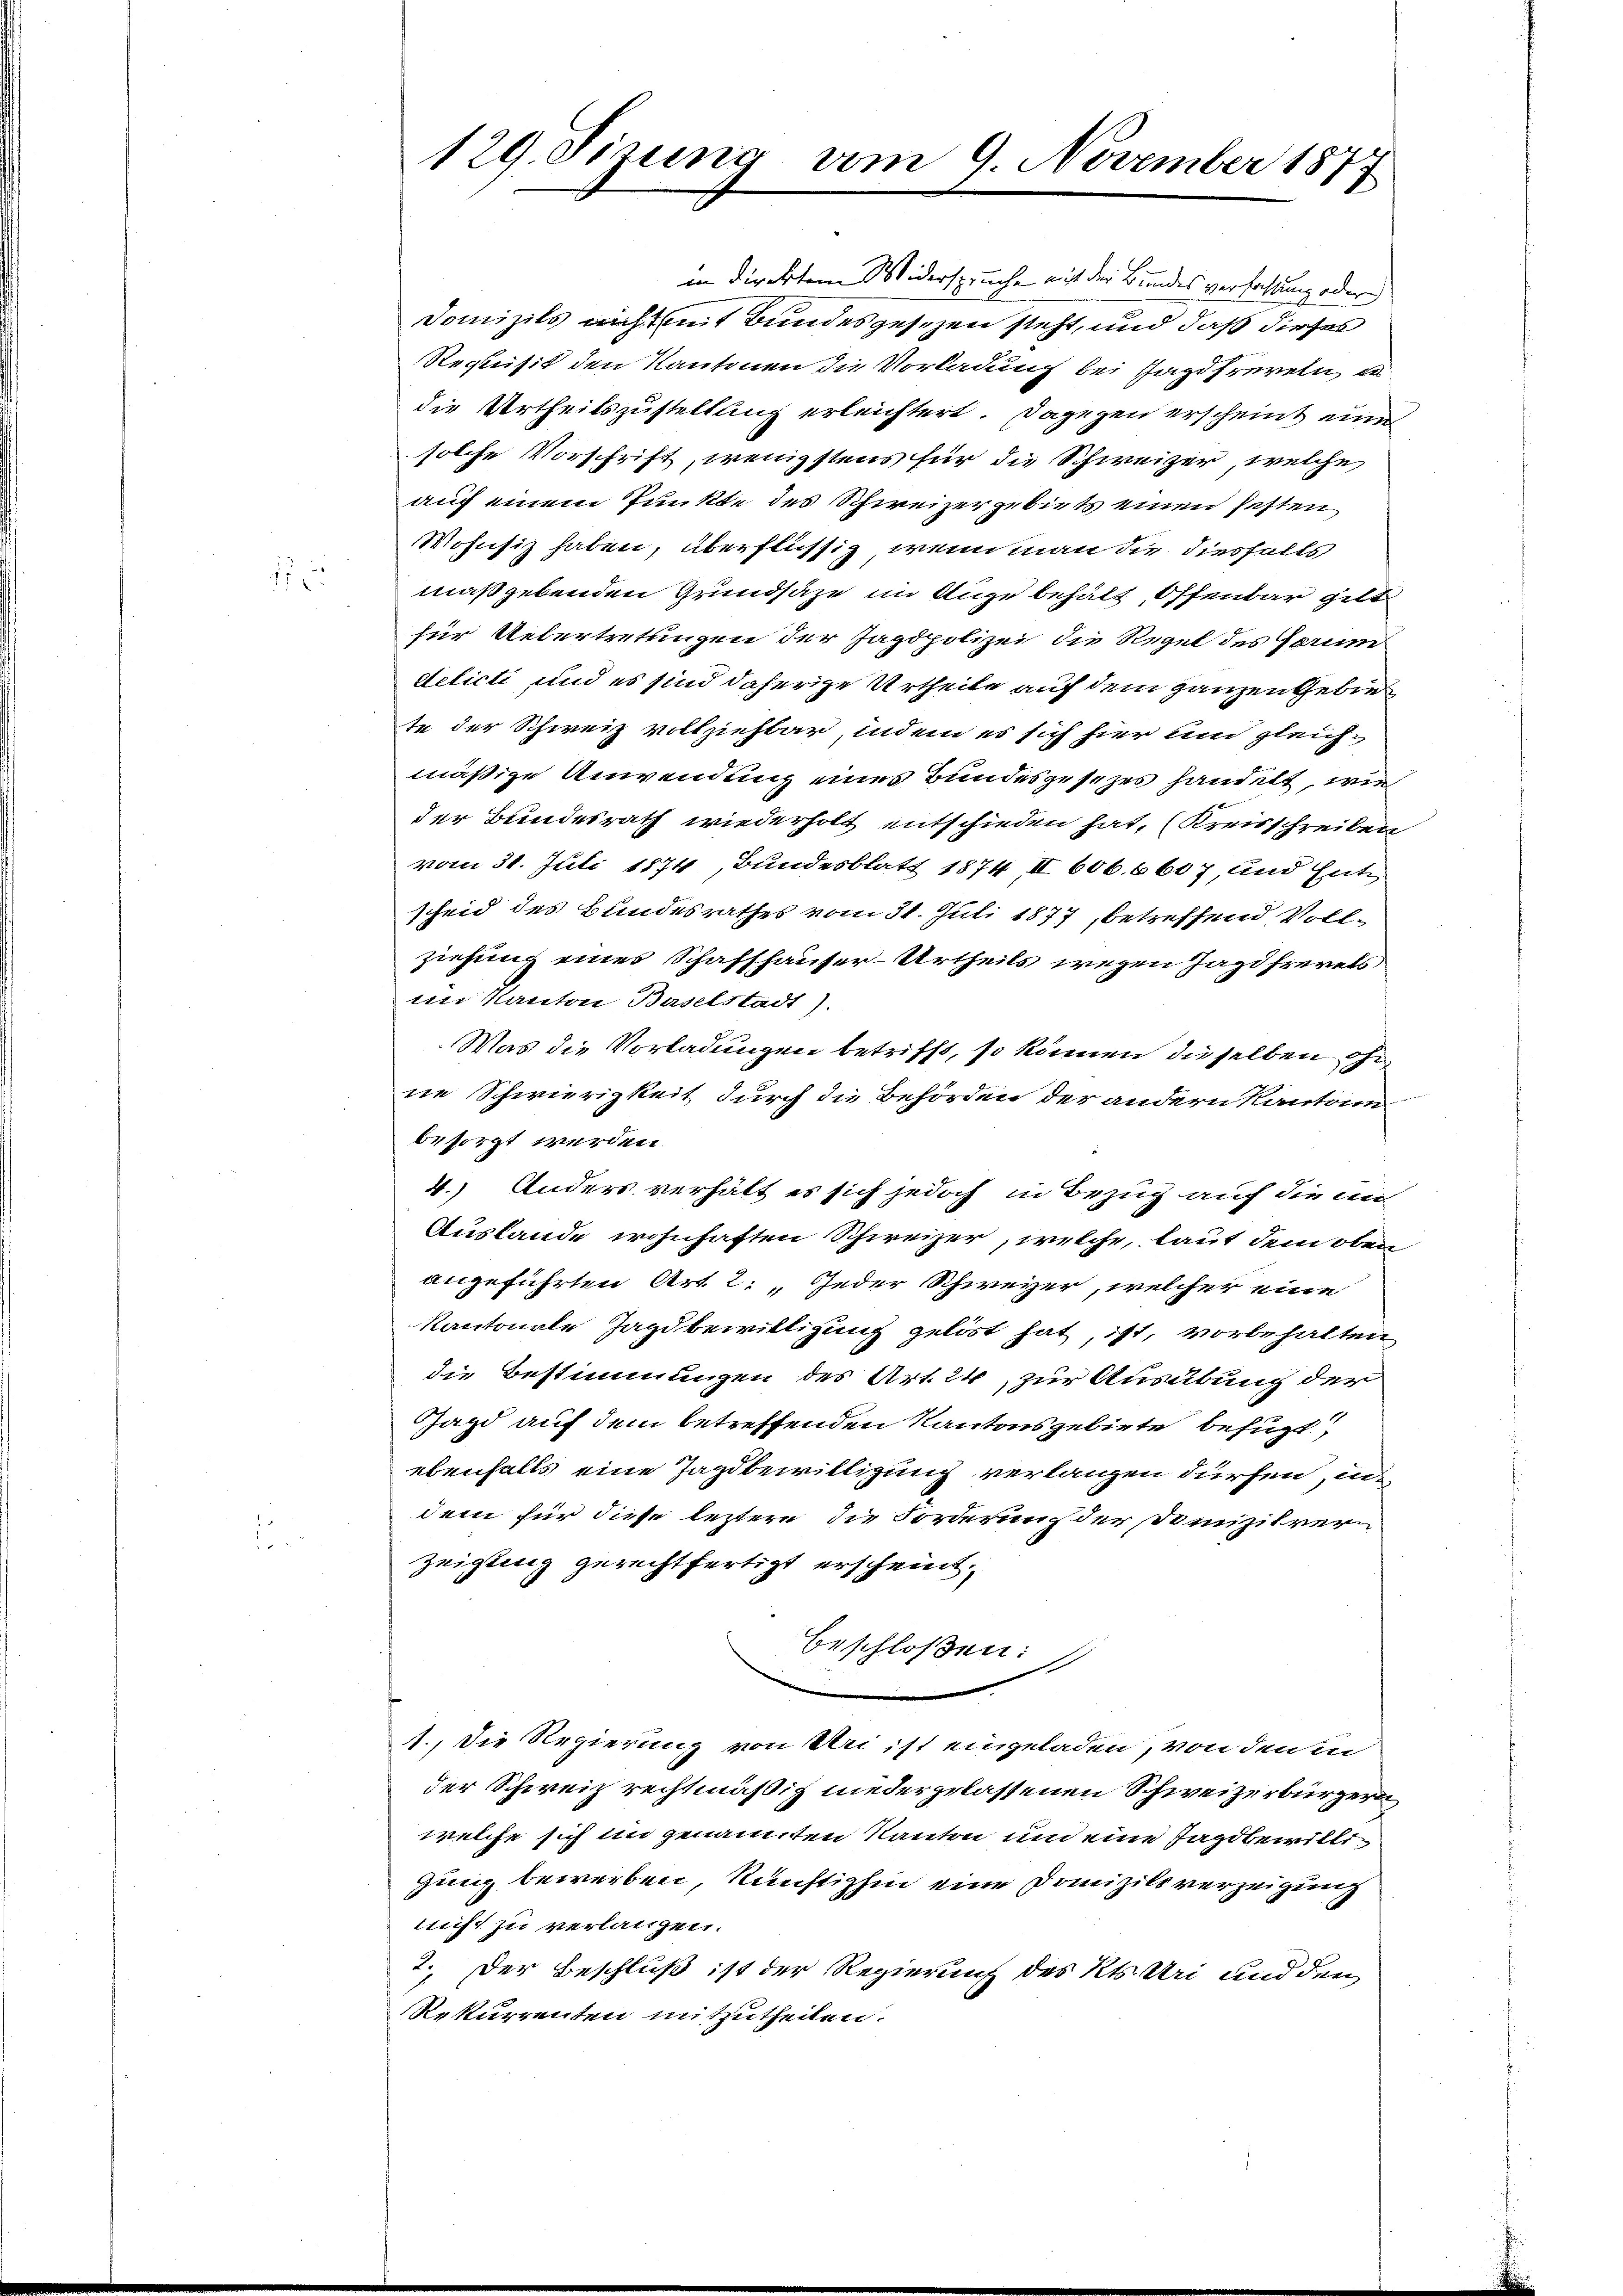
1

129. Sizung vom 9. November 1877

in direktem Widerspruche nicht der Bundesverfassung oder
Domizils nicht mit Bundesgesezen steht, und daß dieses
Requisit den Kantonen die Vorladung bei Jagdfreveln er
die Urtheilszustellung erleichtert. Dagegen erscheint eine
solche Vorschrift, wenigstens für die Schweizer, welche
auf einem Punkte des Schweizergebiets einen festen
Wohnsiz haben, überflüssig, wenn man die diesfalls
maßgebenden Grundsaze im Auge behält, Offenbar gilt
für Uebertretungen der Jagdpolizei die Regel des Forum
delicti, und es sind daherige Urtheile auf dem ganzen Gebie
te der Schweiz vollziehbar, indem es sich hier um gleichmäßige Anwendung eines Bundesgesezes handelt, wie
der Bundesrath wiederholt entschieden hat, (Kreisschreiben
vom 31. Juli 1874, Bundesblatt 1874, II 606. 6607, und Entscheid des Bundesrathes vom 31. Juli 1877, betreffend Vollziehung eines Schaffhauser-Urtheils wegen Jagisteres
im Kanton Baselstadt).
Was die Vorladungen betrifft, so können dieselben ohn
ne Schwierigkeit durch die Behörden der andern Kantone
besorgt werden.
4.) Anders verhält es sich jedoch in Bezug auf die in
Auslande wohnhaften Schweizer, welche, laut dem oben
angeführten Art. 2: „Jeder Schweyer, welcher eine
kantonale Jagdbewilligung gelöst hat, ist, vorbehalten,
die Bestimmungen des Art. 24, zur Ausübung der
Jagd auf dem betreffenden Kantonsgebiete befugt
ebenfalls eine Jagdbewilligung verlangen dürfen, in
dem für diese leztere die Forderung der Domizilrern
zeigung gerechtfertigt erscheint.
beschloßen:
A., die Regierung von Uri ist eingeladen, von den in
der Schweiz rechtmäßig niedergelassenen Schweizerbürgern
welche sich im genannten Kanton um eine Jagdbewilli¬
Jung bewerben, künftighin eine Domizils verzeigung
nicht zu verlangen.
2. Der Beschluß ist der Regierung des Kts. Uri und den
Rekurrenten mitzutheilen.